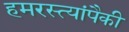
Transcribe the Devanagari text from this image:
हमरस्त्यांपैकी